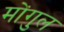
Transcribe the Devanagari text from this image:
मोंगुल